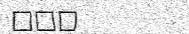
١١٠